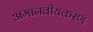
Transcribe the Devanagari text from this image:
अमानवीयकरण